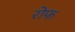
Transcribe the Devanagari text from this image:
रोफ